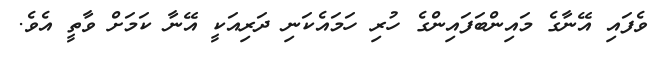
ވެފައި އޭނާގެ މައިންބަފައިންގެ ހުރި ހަމައެކަނި ދަރިއަކީ އޭނާ ކަމަށް ވާތީ އެވެ.